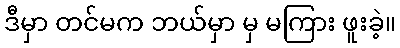
ဒီမှာ တင်မက ဘယ်မှာ မှ မကြား ဖူးခဲ့။